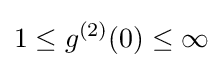
1\leq g^{(2)}(0)\leq \infty